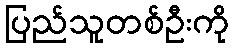
ပြည်သူတစ်ဦးကို